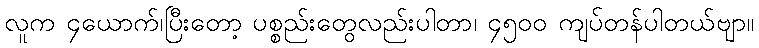
လူက ၄ယောက်၊ပြီးတော့ ပစ္စည်းတွေလည်းပါတာ၊ ၄၅၀၀ ကျပ်တန်ပါတယ်ဗျာ။